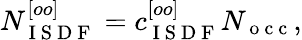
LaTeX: N_{\mathrm{~I~S~D~F~}}^{[oo]}=c_{\mathrm{~I~S~D~F~}}^{[oo]}N_{\mathrm{~o~c~c~}},